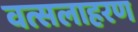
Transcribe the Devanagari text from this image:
वत्सलाहरण